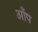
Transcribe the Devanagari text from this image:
आँप